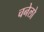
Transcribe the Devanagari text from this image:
चनेलो